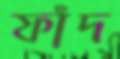
ফাঁদ